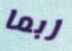
ربما